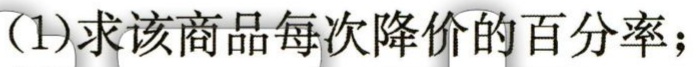
(1)求该商品每次降价的百分率；